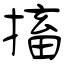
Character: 搐